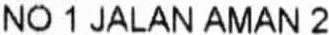
NO 1 JALAN AMAN 2